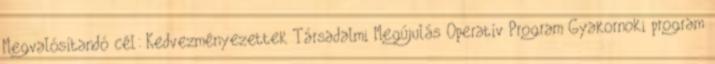
Megvalósítandó cél: Kedvezményezettek Társadalmi Megújulás Operatív Program Gyakornoki program